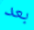
بعد